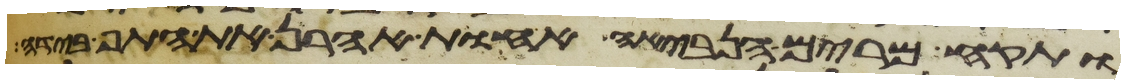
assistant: ותקח מרים הנביאה אחות אהרן את התף